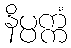
နိပ္ပက္ကံ